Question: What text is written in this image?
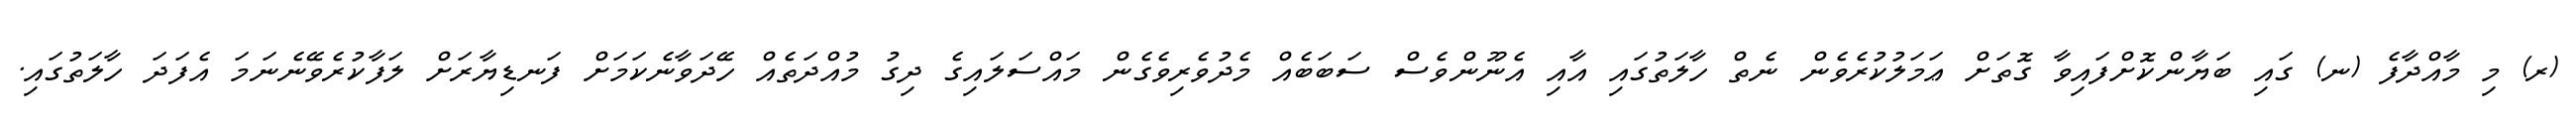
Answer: (ރ) މި މާއްދާފެ (ނ) ގައި ބަޔާންކޮށްފައިވާ ގޮތަށް ޢަމަލުކުރެވެން ނެތް ހާލަތުގައި އާއި އެނޫންވެސް ސަބަބެއް މެދުވެރިވެގެން މައްސަލައިގެ ދިގު މުއްދަތެއް ހޭދަވާނެކަމަށް ފަނޑިޔާރަށް ލަފާކުރެވޭނެނަމަ އެފަދަ ހާލަތުގައި.